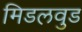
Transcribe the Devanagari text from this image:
मिडलवुड